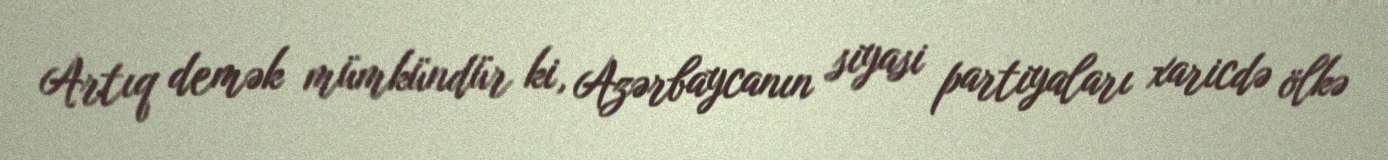
Artıq demək mümkündür ki, Azərbaycanın siyasi partiyaları xaricdə ölkə